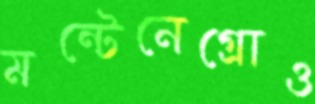
মন্টেনেগ্রোও